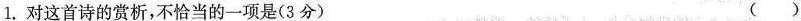
1.对这首诗的赏析，不恰当的一项是(3分) ()